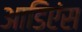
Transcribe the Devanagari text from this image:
आडिएंस